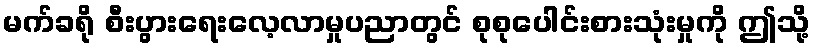
မက်ခရို စီးပွားရေးလေ့လာမှုပညာတွင် စုစုပေါင်းစားသုံးမှုကို ဤသို့